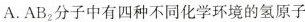
A. AB_{2} 分子中有四种不同化学环境的氢原子